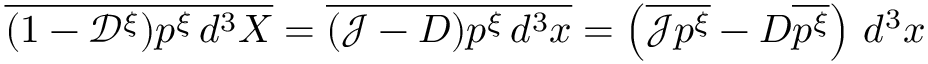
\overline { { ( 1 - \mathscr { D } ^ { \xi } ) p ^ { \xi } \, d ^ { 3 } X } } = \overline { { ( \mathscr { J } - { D } ) p ^ { \xi } \, d ^ { 3 } x } } = \left( \overline { { \mathscr { J } p ^ { \xi } } } - { D } \overline { { p ^ { \xi } } } \right) \, d ^ { 3 } x